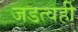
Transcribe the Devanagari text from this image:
जडत्वही